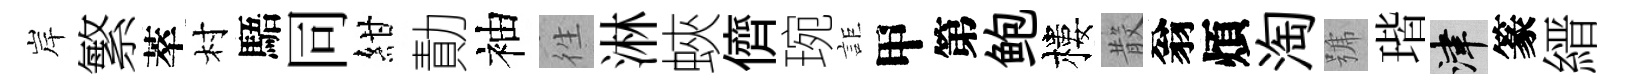
岸繁萃村䮏同紺勣袖徃淋蛺儕琬詎甲第鲍樓𣪚翁煩淘號瑎津篆縉